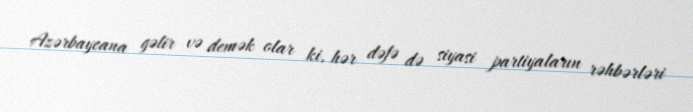
Azərbaycana gəlir və demək olar ki, hər dəfə də siyasi partiyaların rəhbərləri